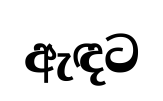
ඇඳට